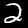
Digit: 2